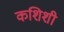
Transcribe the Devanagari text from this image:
कशिशी